Annual report on the Civil Veterinary Department, Burma (including the Insein Veterinary School) - 1910-1922
Year: 1910
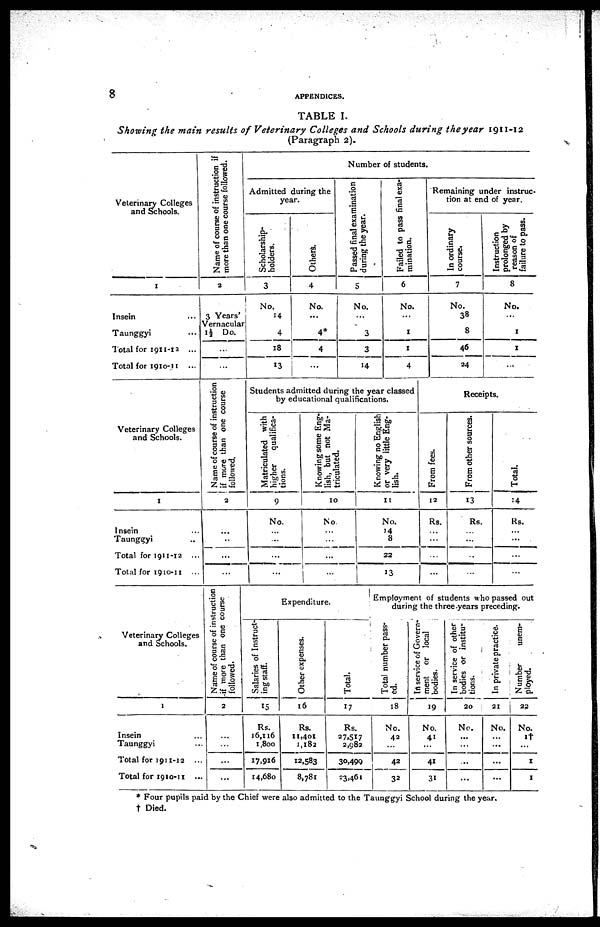
8
APPENDICES.
TABLE I.
Showing the main results of Veterinary Colleges and Schools during the year 1911-12
(Paragraph 2).
Veterinary Colleges
and Schools.
1
Insein …
Taunggyi …
Total for 1911-12 ...
Total for 1910-11 ...
Name of course of instruction if
more than one course followed.
2
3 Years'
Vernacular
1½ Do.
...
...
Admitted during the
year.
Scholarship-
holders.
3
No.
14
4
18
13
Others.
4
No.
...
4*
4
...
Number of students.
Passed final examination
during the year.
5
No.
...
3
3
14
Failed to pass final exa-
mination.
6
No.
...
1
1
4
Remaining under instruc-
tion at end of year.
In ordinary
course.
7
No.
38
8
46
24
Instruction
prolonged by
reason of
failure to pass.
8
No.
...
1
1
...
1
Veterinary Colleges
and Schools.
1
Insein …
Taunggyi …
Total for 1911-12 ...
Total for 1910-11 ...
Name of course of instruction
if more than one course
followed.
2
...
...
...
...
Students admitted during the year classed
by educational qualifications.
Matriculated with
higher
qualifica-
tions.
9
No.
...
...
...
…
Knowing some Eng-
lish, but not Ma-
triculated.
10
No.
...
...
…
…
Knowing no English
or very little Eng-
lish.
11
No.
14
8
22
13
Receipts.
From fees.
12
Rs.
…
...
...
...
From other sources.
13
Rs.
...
...
...
...
Total.
14
Rs.
...
...
...
...
Veterinary Colleges
and Schools.
1
Insein …
Taunggyi …
Total for 1911-12 ...
Total for 1910-11 ...
Name of course of instruction
if more than one course
followed.
2
...
...
...
...
Expenditure.
Salaries of Instruct-
ing staff.
15
Rs.
16,116
1,800
17,916
14,680
Other expenses.
16
Rs.
11,401
1,182
12,583
8,781
Total.
17
Rs.
27,517
2,982
30,499
23,461
Employment of students who passed out
during the three years preceding.
Total number pass-
ed.
18
No.
42
...
42
32
In service of Govern-
ment or local
bodies.
19
No.
41
...
41
31
In service of other
bodies or institu-
tions.
20
No.
...
...
...
...
In private practice.
21
No.
...
...
...
...
Number
unem-
ployed.
22
No.
1†
...
1
1
* Four pupils paid by the Chief were also admitted to the Taunggyi School during the year.
† Died.